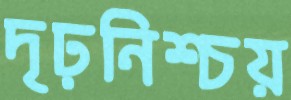
দৃঢ়নিশ্চয়